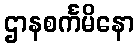
ဌာနစင်္ကမိနော